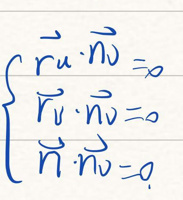
\[
\left\{
\begin{array}{l}
\vec{r}_{u} \cdot \vec{n}_{v} = 0\\
\vec{r}_{v} \cdot \vec{n}_{v} = 0\\
\vec{n} \cdot \vec{n}_{v} = 0
\end{array}
\right.
\]